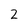
Character: 2